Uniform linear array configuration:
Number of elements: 12
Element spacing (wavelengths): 1
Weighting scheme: exponential
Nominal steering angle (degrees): -60
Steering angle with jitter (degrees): -60.975
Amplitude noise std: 0.05
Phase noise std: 0.05

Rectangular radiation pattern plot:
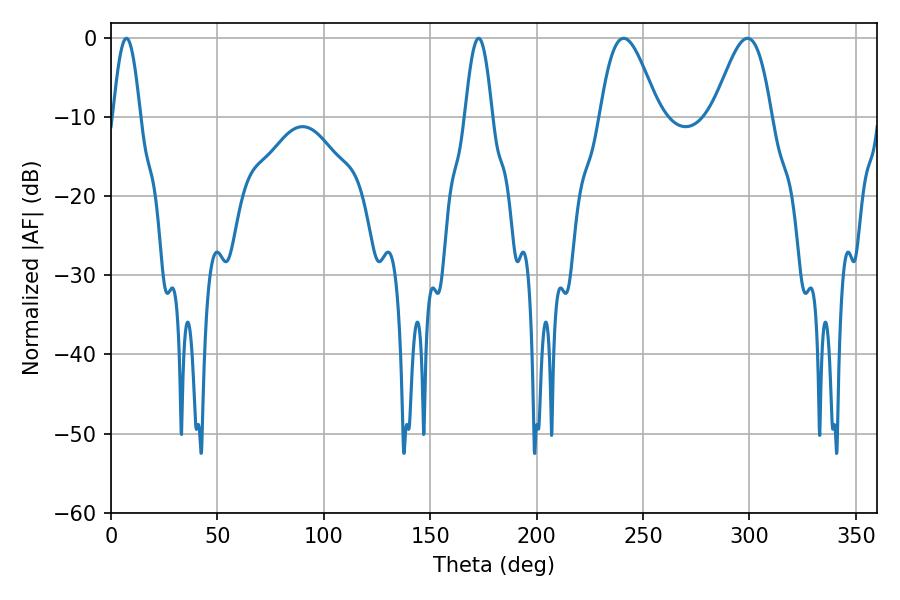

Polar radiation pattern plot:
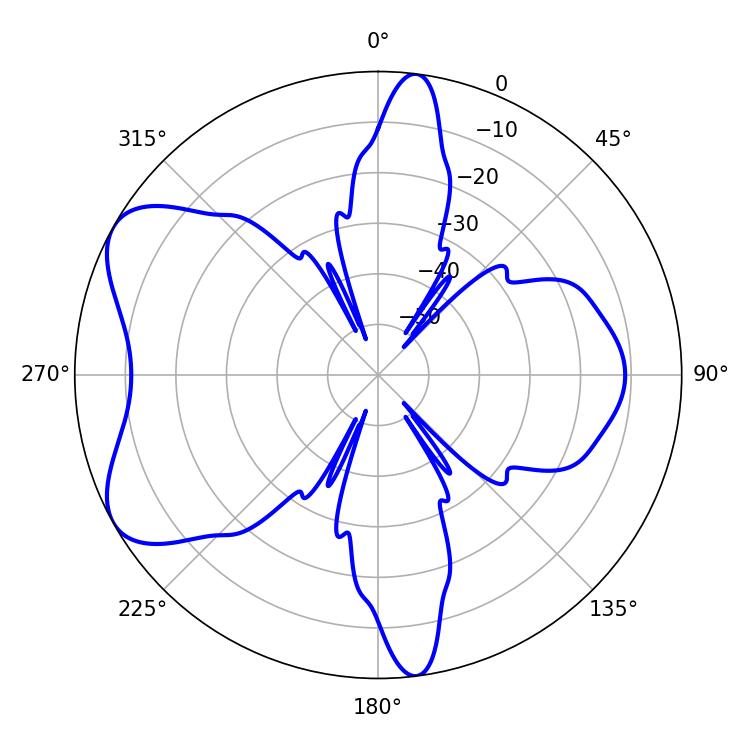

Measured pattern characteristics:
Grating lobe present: TRUE
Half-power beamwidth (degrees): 14.76
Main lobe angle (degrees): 240.84